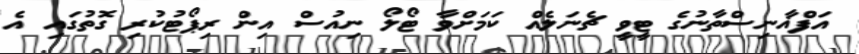
އަފްޣާނިސްތާނުގެ ޓީވީ ޗެނަލެއް ކަމަށްވާ ޓޯލޯ ނިއުސް އިން ރިޕޯޓުކުރި ގޮތުގައި އެ